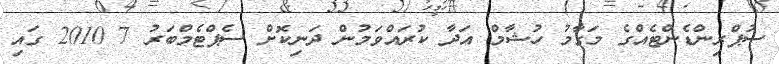
ސުޕްރިންޑެންޓެއްގެ މަގާމު ހުޝާމް އަދާ ކުރައްވަމުން ދަނިކޮށް ސެޕްޓެމްބަރު 7 2010 ގައި